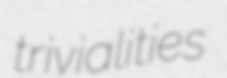
trivialities